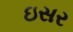
ઇસર